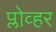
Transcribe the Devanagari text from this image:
प्लोव्हर